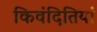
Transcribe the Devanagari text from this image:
किवंदितियां